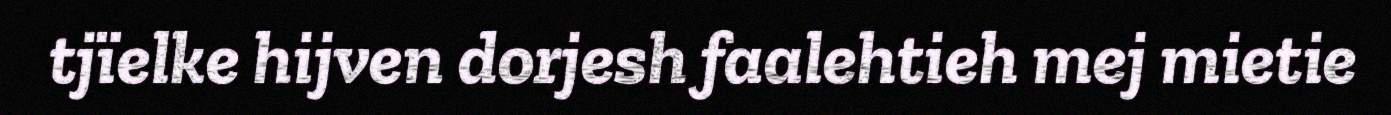
tjïelke hijven dorjesh faalehtieh mej mietie